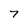
Character: 7